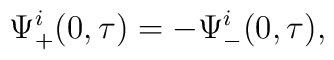
\Psi_{+}^{i}(0,\tau)=-\Psi_{-}^{i}(0,\tau),